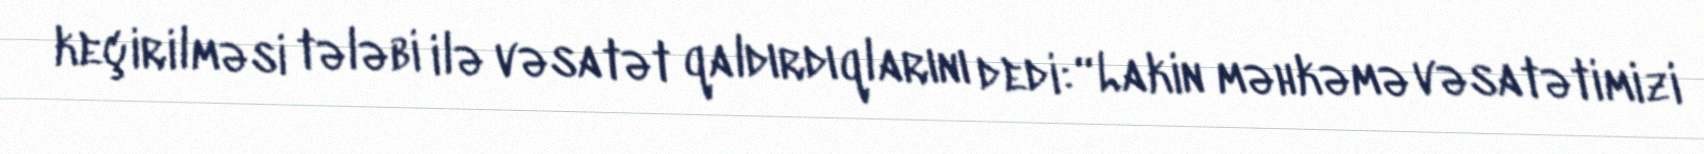
keçirilməsi tələbi ilə vəsatət qaldırdıqlarını dedi: “Lakin məhkəmə vəsatətimizi